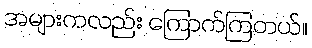
အများကလည်း ကြောက်ကြတယ်။